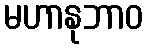
မဟာနုဘာဝ